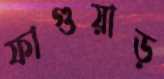
ফাগুয়াড়